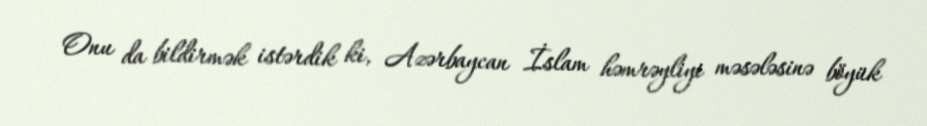
Onu da bildirmək istərdik ki, Azərbaycan İslam həmrəyliyi məsələsinə böyük